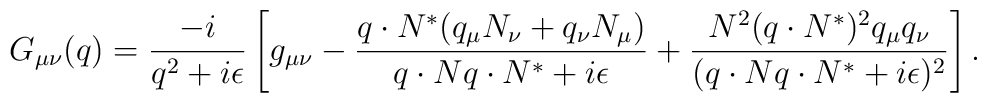
G_{\mu\nu}(q) = \frac{-i}{q^2+i\epsilon}\left[ g_{\mu\nu}-\frac{q\cdot N^{\ast}(q_{\mu}N_{\nu}+q_{\nu}N_{\mu})}{q\cdot N q\cdot N^{\ast}+i\epsilon} + \frac{N^2(q\cdot N^{\ast})^2q_{\mu}q_{\nu}}{(q\cdot N q\cdot N^{\ast}+i\epsilon)^2}\right].